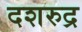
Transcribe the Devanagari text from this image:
दशरुद्र